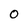
Character: 0